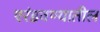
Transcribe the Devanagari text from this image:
एरंडवण्यातील